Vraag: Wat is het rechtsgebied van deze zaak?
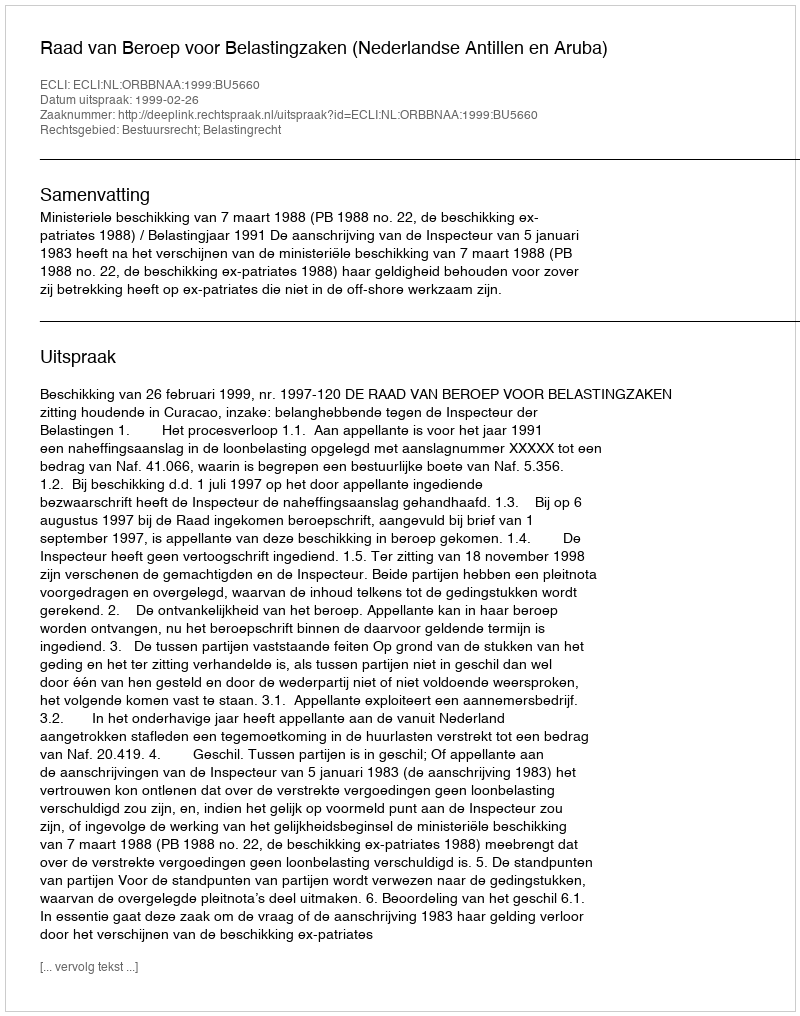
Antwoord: Bestuursrecht; Belastingrecht